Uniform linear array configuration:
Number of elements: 12
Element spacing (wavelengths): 0.25
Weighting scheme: hamming
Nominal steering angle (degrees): -60
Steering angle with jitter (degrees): -59.625
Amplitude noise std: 0.05
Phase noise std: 0.05

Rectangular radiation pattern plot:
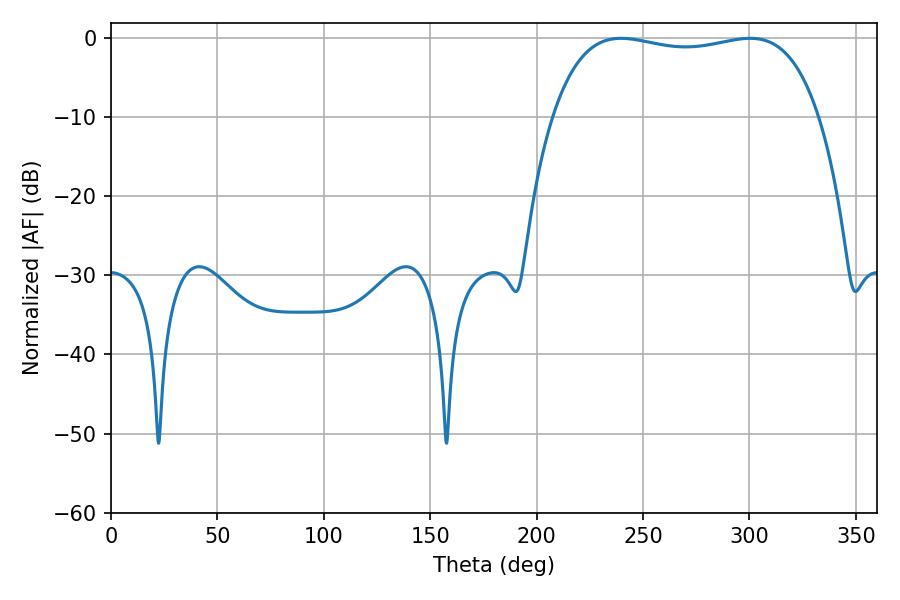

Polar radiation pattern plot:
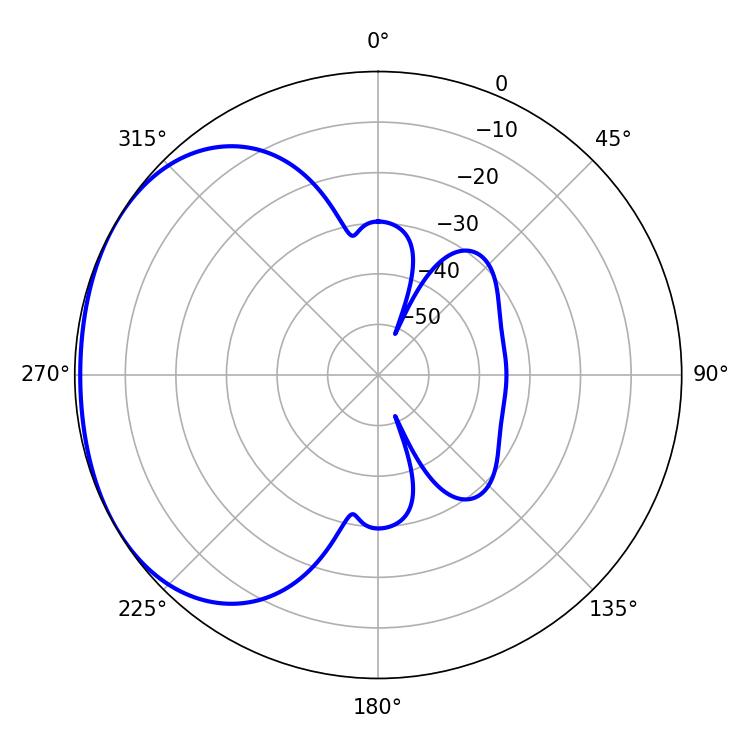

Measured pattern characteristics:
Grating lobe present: FALSE
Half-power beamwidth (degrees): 100.8
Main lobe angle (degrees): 239.58